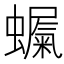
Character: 𮕇